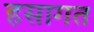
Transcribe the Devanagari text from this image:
हसागत